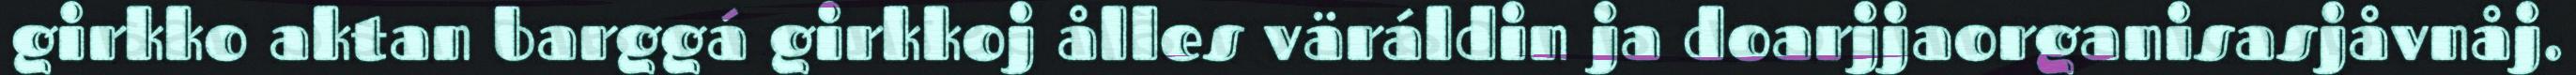
girkko aktan barggá girkkoj ålles väráldin ja doarjjaorganisasjåvnåj.